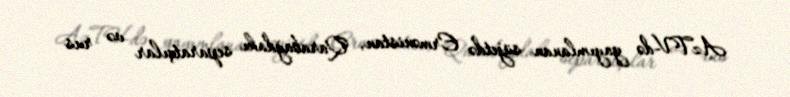
AzTV-də yayımlanan süjetdə Ermənistan, Qarabağdakı separatçılar və rus